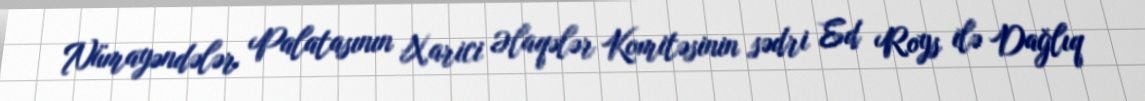
Nümayəndələr Palatasının Xarici Əlaqələr Komitəsinin sədri Ed Roys ilə Dağlıq